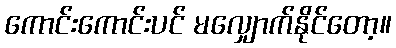
ကောင်းကောင်းပင် မလျှောက်နိုင်တော့။